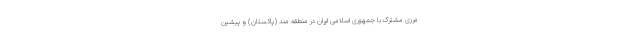
مرزی مشترک با جمهوری اسلامی ایران در منطقه مند (پاکستان) و پیشین